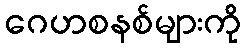
ဂေဟစနစ်များကို